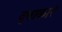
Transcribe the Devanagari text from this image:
वृत्ताकारं